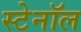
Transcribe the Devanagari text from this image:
स्टेनॉल